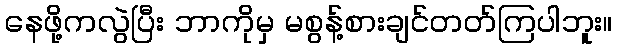
နေဖို့ကလွဲပြီး ဘာကိုမှ မစွန့်စားချင်တတ်ကြပါဘူး။